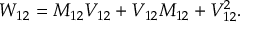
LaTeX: W _ { 1 2 } = M _ { 1 2 } V _ { 1 2 } + V _ { 1 2 } M _ { 1 2 } + V _ { 1 2 } ^ { 2 } .